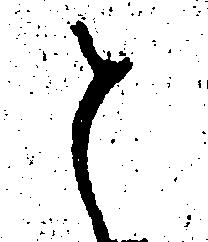
と